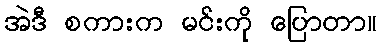
အဲဒီ စကားက မင်းကို ပြောတာ။